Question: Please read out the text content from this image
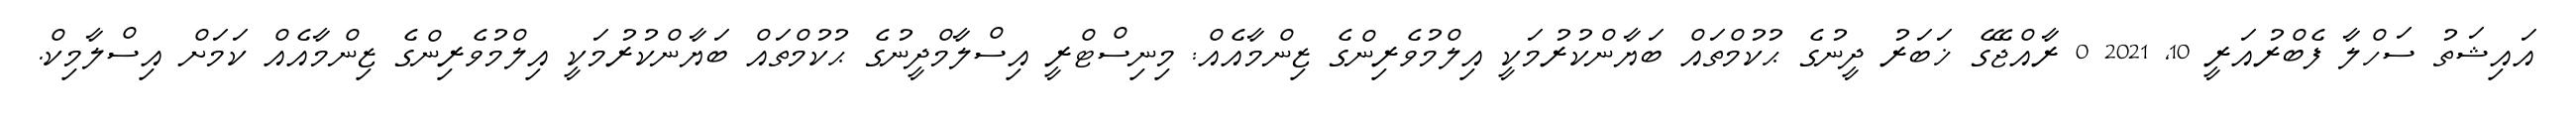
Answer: އައިޝަތު ސަހްލާ ފެބްރުއަރީ 10, 2021 0 ރާއްޖޭގެ ޚަބަރު ދީނުގެ ޙުކުމްތައް ބަޔާންކުރުމަކީ އިލްމުވެރިންގެ ޒިންމާއެއް: މިނިސްޓްރީ އިސްލާމްދީނުގެ ޙުކުމްތައް ބަޔާންކުރުމަކީ އިލްމުވެރިންގެ ޒިންމާއެއް ކަމަށް އިސްލާމިކް.